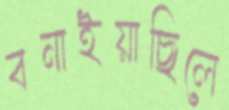
বনাইয়াছিলে